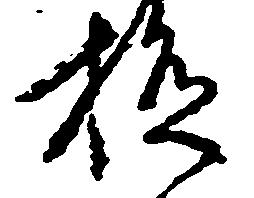
極